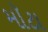
મૉટા